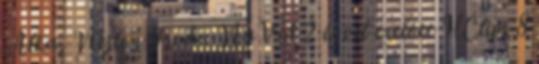
Alka, Nejlon Iroda NuVid 2 évvel ezelőtt HClips 8